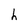
Character: h